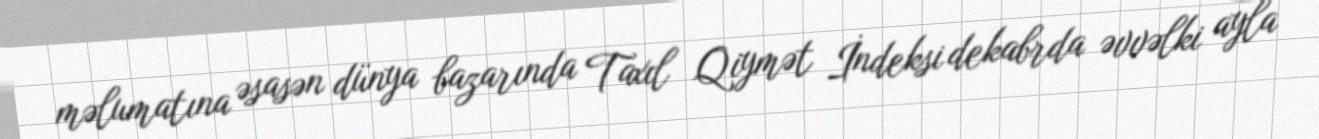
məlumatına əsasən dünya bazarında Taxıl Qiymət İndeksi dekabrda əvvəlki ayla